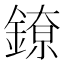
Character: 𬫴